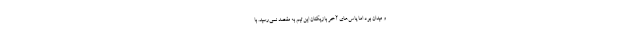
و میدان بود اما پاس‌های آخر بازیکنان این تیم به مقصد نمی‌رسید. با